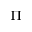
\Pi